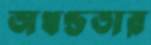
অখণ্ডতার